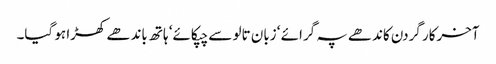
آخرکار گردن کاندھے پہ گرائے ‘ زبان تالو سے چپکائے‘ ہاتھ باندھے کھڑا ہو گیا۔